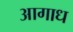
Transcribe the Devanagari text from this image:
आगाध